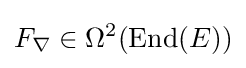
F_{\nabla }\in \Omega ^{2}(\operatorname {End} (E))